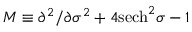
{ \cal M } \equiv \partial ^ { 2 } / \partial \sigma ^ { 2 } + 4 \mathrm { s e c h } ^ { 2 } \sigma - 1